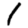
Digit: 1